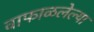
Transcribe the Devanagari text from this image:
वाफाळलेल्या